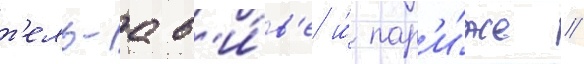
т'ель-ав'и́в'е и́ пар'и́же //